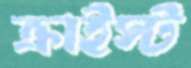
ক্রাইস্ট